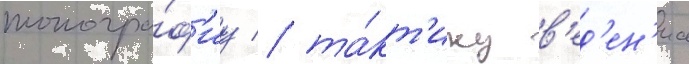
топогра́ф'иу / та́кт'ику в'ед'ен'иа